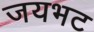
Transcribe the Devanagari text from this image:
जयभट